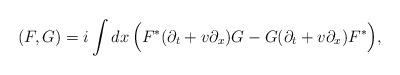
LaTeX: \begin{align*}(F,G) = i \int dx\, \Bigl(F^{*}(\partial_{t} + v\partial_{x})G - G(\partial_{t} + v\partial_{x})F^{*}\Bigr),\end{align*}